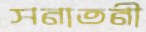
সনাতনী